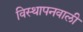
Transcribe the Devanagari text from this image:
विस्थापनवाली